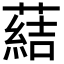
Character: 𦺢